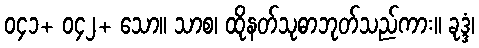
၀၄၁+ ၀၄၂+ သော။ သာစ၊ ထိုနတ်သုဓာဘုတ်သည်ကား။ ခုဒ္ဒံ၊